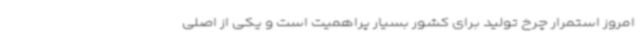
امروز استمرار چرخ تولید برای کشور بسیار پراهمیت است و یکی از اصلی